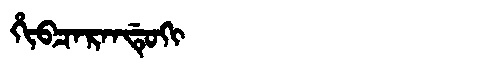
Manchu: ᡥᡳᠪᠴᠠᡵᠠᠨᡩᡠᡴᡳ
Romanization: HIBCARANDUKI